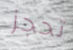
تحجز